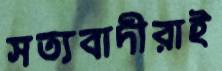
সত্যবাদীরাই